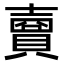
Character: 𧷗